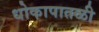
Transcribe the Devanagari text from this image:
धोकापातळी